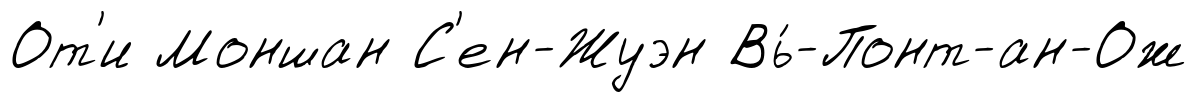
От'и Моншан С'ен-Жуэн Вь́-Понт-ан-Ож